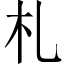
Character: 札